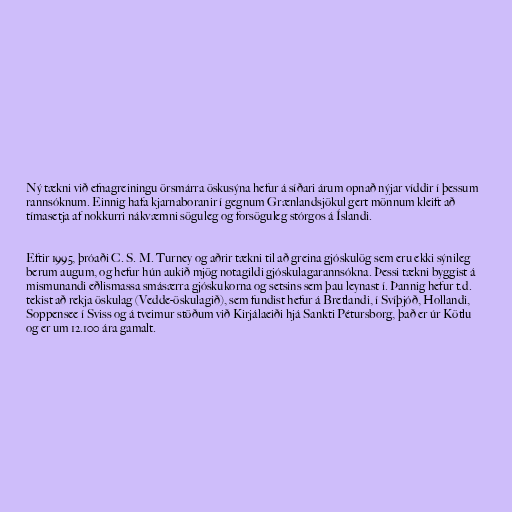
Ný tækni við efnagreiningu örsmárra öskusýna hefur á síðari árum opnað nýjar víddir í þessum
rannsóknum. Einnig hafa kjarnaboranir í gegnum Grænlandsjökul gert mönnum kleift að
tímasetja af nokkurri nákvæmni söguleg og forsöguleg stórgos á Íslandi.

Eftir 1995, þróaði C. S. M. Turney og aðrir tækni til að greina gjóskulög sem eru ekki sýnileg
berum augum, og hefur hún aukið mjög notagildi gjóskulagarannsókna. Þessi tækni byggist á
mismunandi eðlismassa smásærra gjóskukorna og setsins sem þau leynast í. Þannig hefur t.d.
tekist að rekja öskulag (Vedde-öskulagið), sem fundist hefur á Bretlandi, í Svíþjóð, Hollandi,
Soppensee í Sviss og á tveimur stöðum við Kirjálaeiði hjá Sankti Pétursborg, það er úr Kötlu
og er um 12.100 ára gamalt.